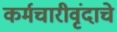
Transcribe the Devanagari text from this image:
कर्मचारीवृंदाचे